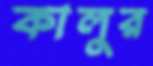
কালুর